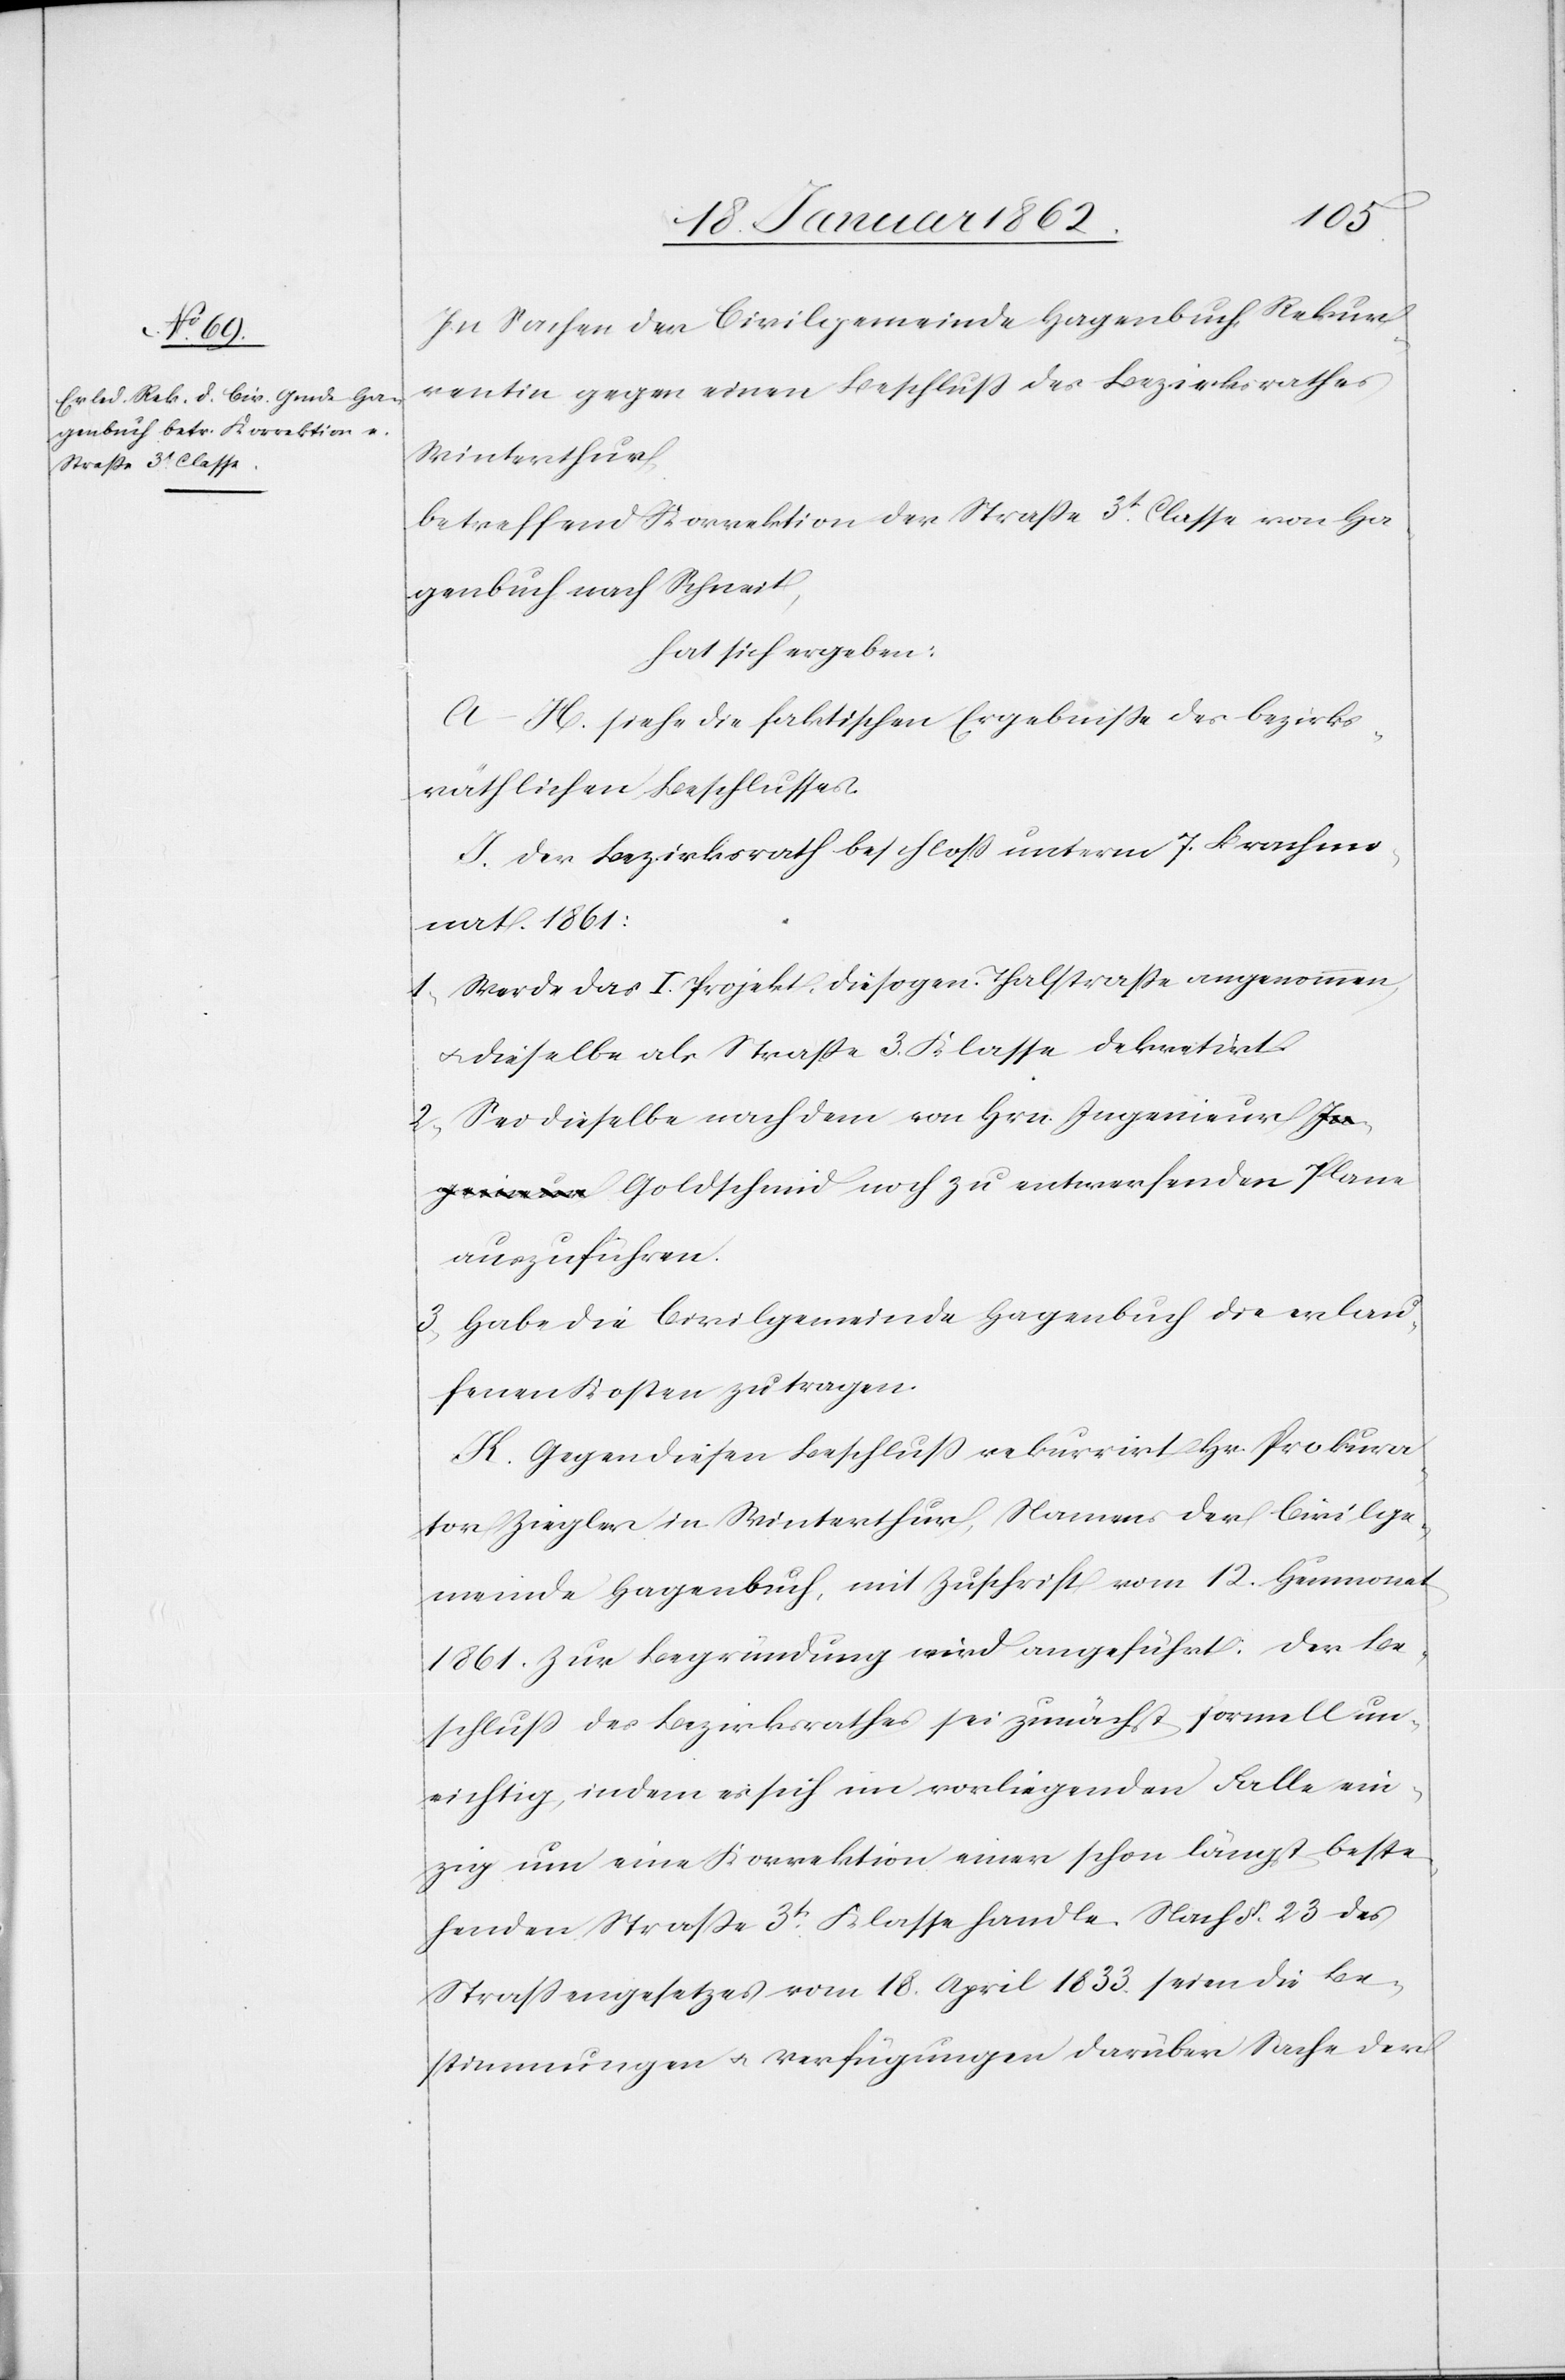
In Sachen der Civilgemeinde Hagenbuch Rekur¬
rentin gegen einen Beschluß des Bezirksrathes
Winterthur
betreffend Korrektion der Straße 3t. Classe von Ha¬
genbuch nach Schneit,
hat sich ergeben:
A – H. siehe die faktischen Ergebniße des bezirks¬
räthlichen Beschlusses.
J. Der Bezirksrath beschloß unterm 7. Brachmo¬
nat 1861:
1) Werde das I. Projekt, die sogen. Thalstraße angenommen
u. dieselbe als Straße 3. Klasse dekretirt.
Sei dieselbe nach dem von Hrn. Ingenieur G¬
oldschmid noch zu entwerfenden Plane
auszuführen.
3) Habe die Civilgemeinde Hagenbuch die anlau¬
fenden Kosten zu tragen.
K. Gegen diesen Beschluß rekurrirt Hr. Prokura¬
tor Ziegler in Winterthur, Namens der Civilge¬
meinde Hagenbuch, mit Zuschrift vom 12. Heumonat
1861. Zur Begründung wird angeführt: Der Be¬
schluß des Bezirksrathes sei zunächst formell un¬
richtig, indem es sich im vorliegenden Falle ein¬
zig um eine Korrektion einer schon längst beste¬
henden Straße 3tr. Klasse handle. Nach §. 23 des
Straßengesetzes vom 18. April 1833 seien die Be¬
stimmungen u. Verfügungen darüber Sache der